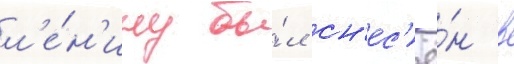
л'е́н'ину бы́л сн'ес'ё́н в